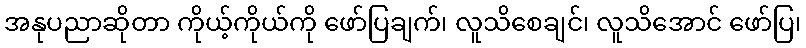
အနုပညာဆိုတာ ကိုယ့်ကိုယ်ကို ဖော်ပြချက်၊ လူသိစေချင်၊ လူသိအောင် ဖော်ပြ၊